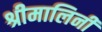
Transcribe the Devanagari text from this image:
श्रीमालिनी